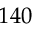
1 4 0